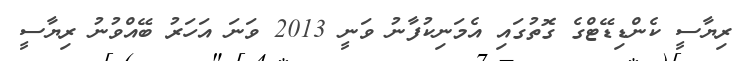
ރިޔާސީ ކެންޑިޑޭޓްގެ ގޮތުގައި އެމަނިކުފާނު ވަނީ 2013 ވަނަ އަހަރު ބޭއްވުނު ރިޔާސީ